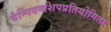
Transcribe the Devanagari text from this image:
चैम्पियनशिपप्रतियोगिता